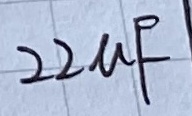
Text: 22µF